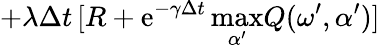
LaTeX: +\lambda\Delta t\, [R+\mathrm{e}^{-\gamma\Delta t}\operatorname*{max}_{\alpha^{\prime}}\! Q(\omega^{\prime},\alpha^{\prime})]